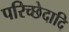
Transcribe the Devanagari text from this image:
परिच्छेदादि